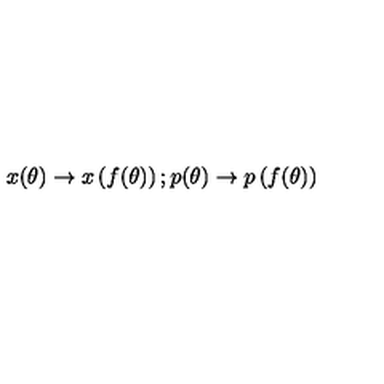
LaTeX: x ( \theta ) \rightarrow x \left( f ( \theta ) \right) ; p ( \theta ) \rightarrow p \left( f ( \theta ) \right)